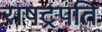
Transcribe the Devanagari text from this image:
राषट्रपति